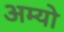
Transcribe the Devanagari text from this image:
अम्यो